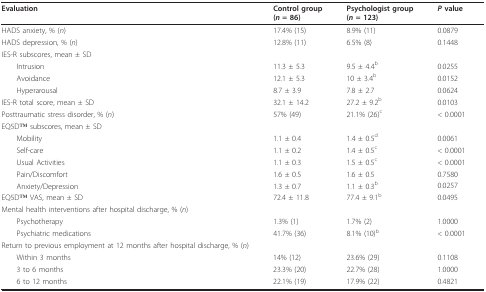
| Evaluation | Control group(n = 86) | Psychologist group(n = 123) | P value |
 | --- | --- | --- | --- |
 | HADS anxiety, % (n) | 17.4% (15) | 8.9% (11) | 0.0879 |
 | HADS depression, % (n) | 12.8% (11) | 6.5% (8) | 0.1448 |
 | IES-R subscores, mean ± SD |  |  |  |
 | Intrusion | 11.3 ± 5.3 | 9.5 ± 4.4b | 0.0255 |
 | Avoidance | 12.1 ± 5.3 | 10 ± 3.4b | 0.0152 |
 | Hyperarousal | 8.7 ± 3.9 | 7.8 ± 2.7 | 0.0624 |
 | IES-R total score, mean ± SD | 32.1 ± 14.2 | 27.2 ± 9.2b | 0.0103 |
 | Posttraumatic stress disorder, % (n) | 57% (49) | 21.1% (26)c | < 0.0001 |
 | EQ5DTM subscores, mean ± SD |  |  |  |
 | Mobility | 1.1 ± 0.4 | 1.4 ± 0.5d | 0.0061 |
 | Self-care | 1.1 ± 0.2 | 1.4 ± 0.5c | < 0.0001 |
 | Usual Activities | 1.1 ± 0.3 | 1.5 ± 0.5c | < 0.0001 |
 | Pain/Discomfort | 1.6 ± 0.5 | 1.6 ± 0.5 | 0.7580 |
 | Anxiety/Depression | 1.3 ± 0.7 | 1.1 ± 0.3b | 0.0257 |
 | EQ5DTM VAS, mean ± SD | 72.4 ± 11.8 | 77.4 ± 9.1b | 0.0495 |
 | Mental health interventions after hospital discharge, % (n) |  |  |  |
 | Psychotherapy | 1.3% (1) | 1.7% (2) | 1.0000 |
 | Psychiatric medications | 41.7% (36) | 8.1% (10)b | < 0.0001 |
 | Return to previous employment at 12 months after hospital discharge, % (n) |  |  |  |
 | Within 3 months | 14% (12) | 23.6% (29) | 0.1108 |
 | 3 to 6 months | 23.3% (20) | 22.7% (28) | 1.0000 |
 | 6 to 12 months | 22.1% (19) | 17.9% (22) | 0.4821 |